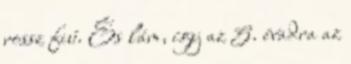
rossz fiú. És lám, így az 5. évadra az